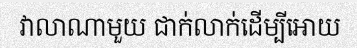
វាលាណាមួយ ជាក់លាក់ដើម្បីអោយ